Report of the Municipal Commissioner on the plague in Bombay for the year ending 31st May... - Volume 1
Disease focus: Plague
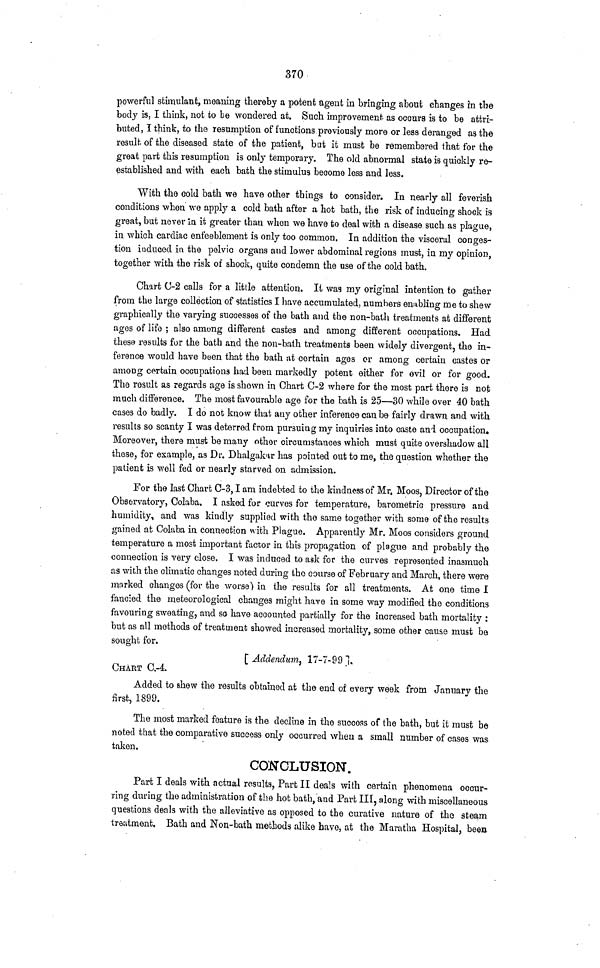
370
powerful stimulant, meaning thereby a potent agent in bringing about changes in the
body is, I think, not to be wondered at. Such improvement- as occurs is to be attri-
buted, I think, to the resumption of functions previously more or less deranged as the
result of the diseased state of the patient, but it must be remembered that for the
great part this resumption is only temporary. The old abnormal state is quickly re-
established and with each bath the stimulus become less and less.
With the cold bath we have other things to consider. In nearly all feverish
conditions when we apply a cold bath after a hot bath, the risk of inducing shock is
great, but never in it greater than when we have to deal with a disease such as plague,
in which cardiac enfeeblement is only too common. In addition the visceral conges-
tion induced in the pelvic organs and lower abdominal regions must, in my opinion,
together with the risk of shock, quite condemn the use of the cold bath.
Chart C-2 calls for a little attention. It wag my original intention to gather
from the large collection of statistics I have accumulated, numbers enabling me to shew
graphically the varying successes of the bath and the non-bath treatments at different
ages of life ; also among different castes and among different occupations. Had
these results for the bath and the non-bath treatments been widely divergent, the in-
ference would have boen that the bath at certain ages or among certain castes or
among certain occupations had been markedly potent either for evil or for good.
The result as regards age is shown in Chart C-2 where for the most part there is not
much difference. The most favourable age for the bath is 25—30 while over 40 bath
cases do badly. I do not know that any other inference can be fairly drawn and with
results so scanty I was deterred from pursuing my inquiries into caste ani occupation.
Moreover, there must be many other circumstances which must quite overshadow all
these, for example, as Dr. Dhalgabir has pointed out to me, the question whether the
patient is well fed or nearly starved on admission.
For the last Chart C-3,1 am indebted to the kindness of Mr. Moos, Director of the
Observatory, Colaba. I asked for curves for temperature, barometric pressure and
humidity, and was kindly supplied with the same together with some of the results
gained at Colaba in connection with Pi ague. Apparently Mr. Moos considers ground
temperature a most important factor in this propagation of plague and probably the
connection is very close. I was induced to ask for the curves represented inasmuch
as with the climatic changes noted during the course of February and March, there were
mnrked changes (for the worse) in the results for all treatments. At one time I
fancied the meteorological changes might have in some way modified the conditions
favouring sweating, and so have accounted partially for the increased bath mortality :
but as all methods of treatment showed increased mortality, some other cause must ba
sought for.
[ Addendum, 17-7-99 ].
CHART C.-4.
Added to shew the results obtained at the end of every week from January the
first, 1899.
The most marked feature is the decline in the success of the bath, but it must be
noted that the comparative success only occurred when a small number of cases was
taken.
CONCLUSION.
Part I deals with actual results, Part II deals with certain phenomena occur-
ring during the administration of the hot bath, and Part III, along with miscellaneous
questions deals with the alloviative as opposed to the curative nature of the steam
treatment. Bath and Non-bath methods alike have, at the Maratha Hospital, been